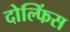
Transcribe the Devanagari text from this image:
दोल्फिंस